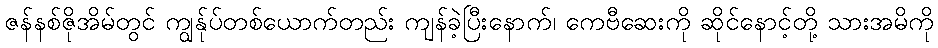
ဇန်နစ်ဇိုအိမ်တွင် ကျွန်ုပ်တစ်ယောက်တည်း ကျန်ခဲ့ပြီးနောက်၊ ကေဗီဆေးကို ဆိုင်နောင့်တို့ သားအမိကို